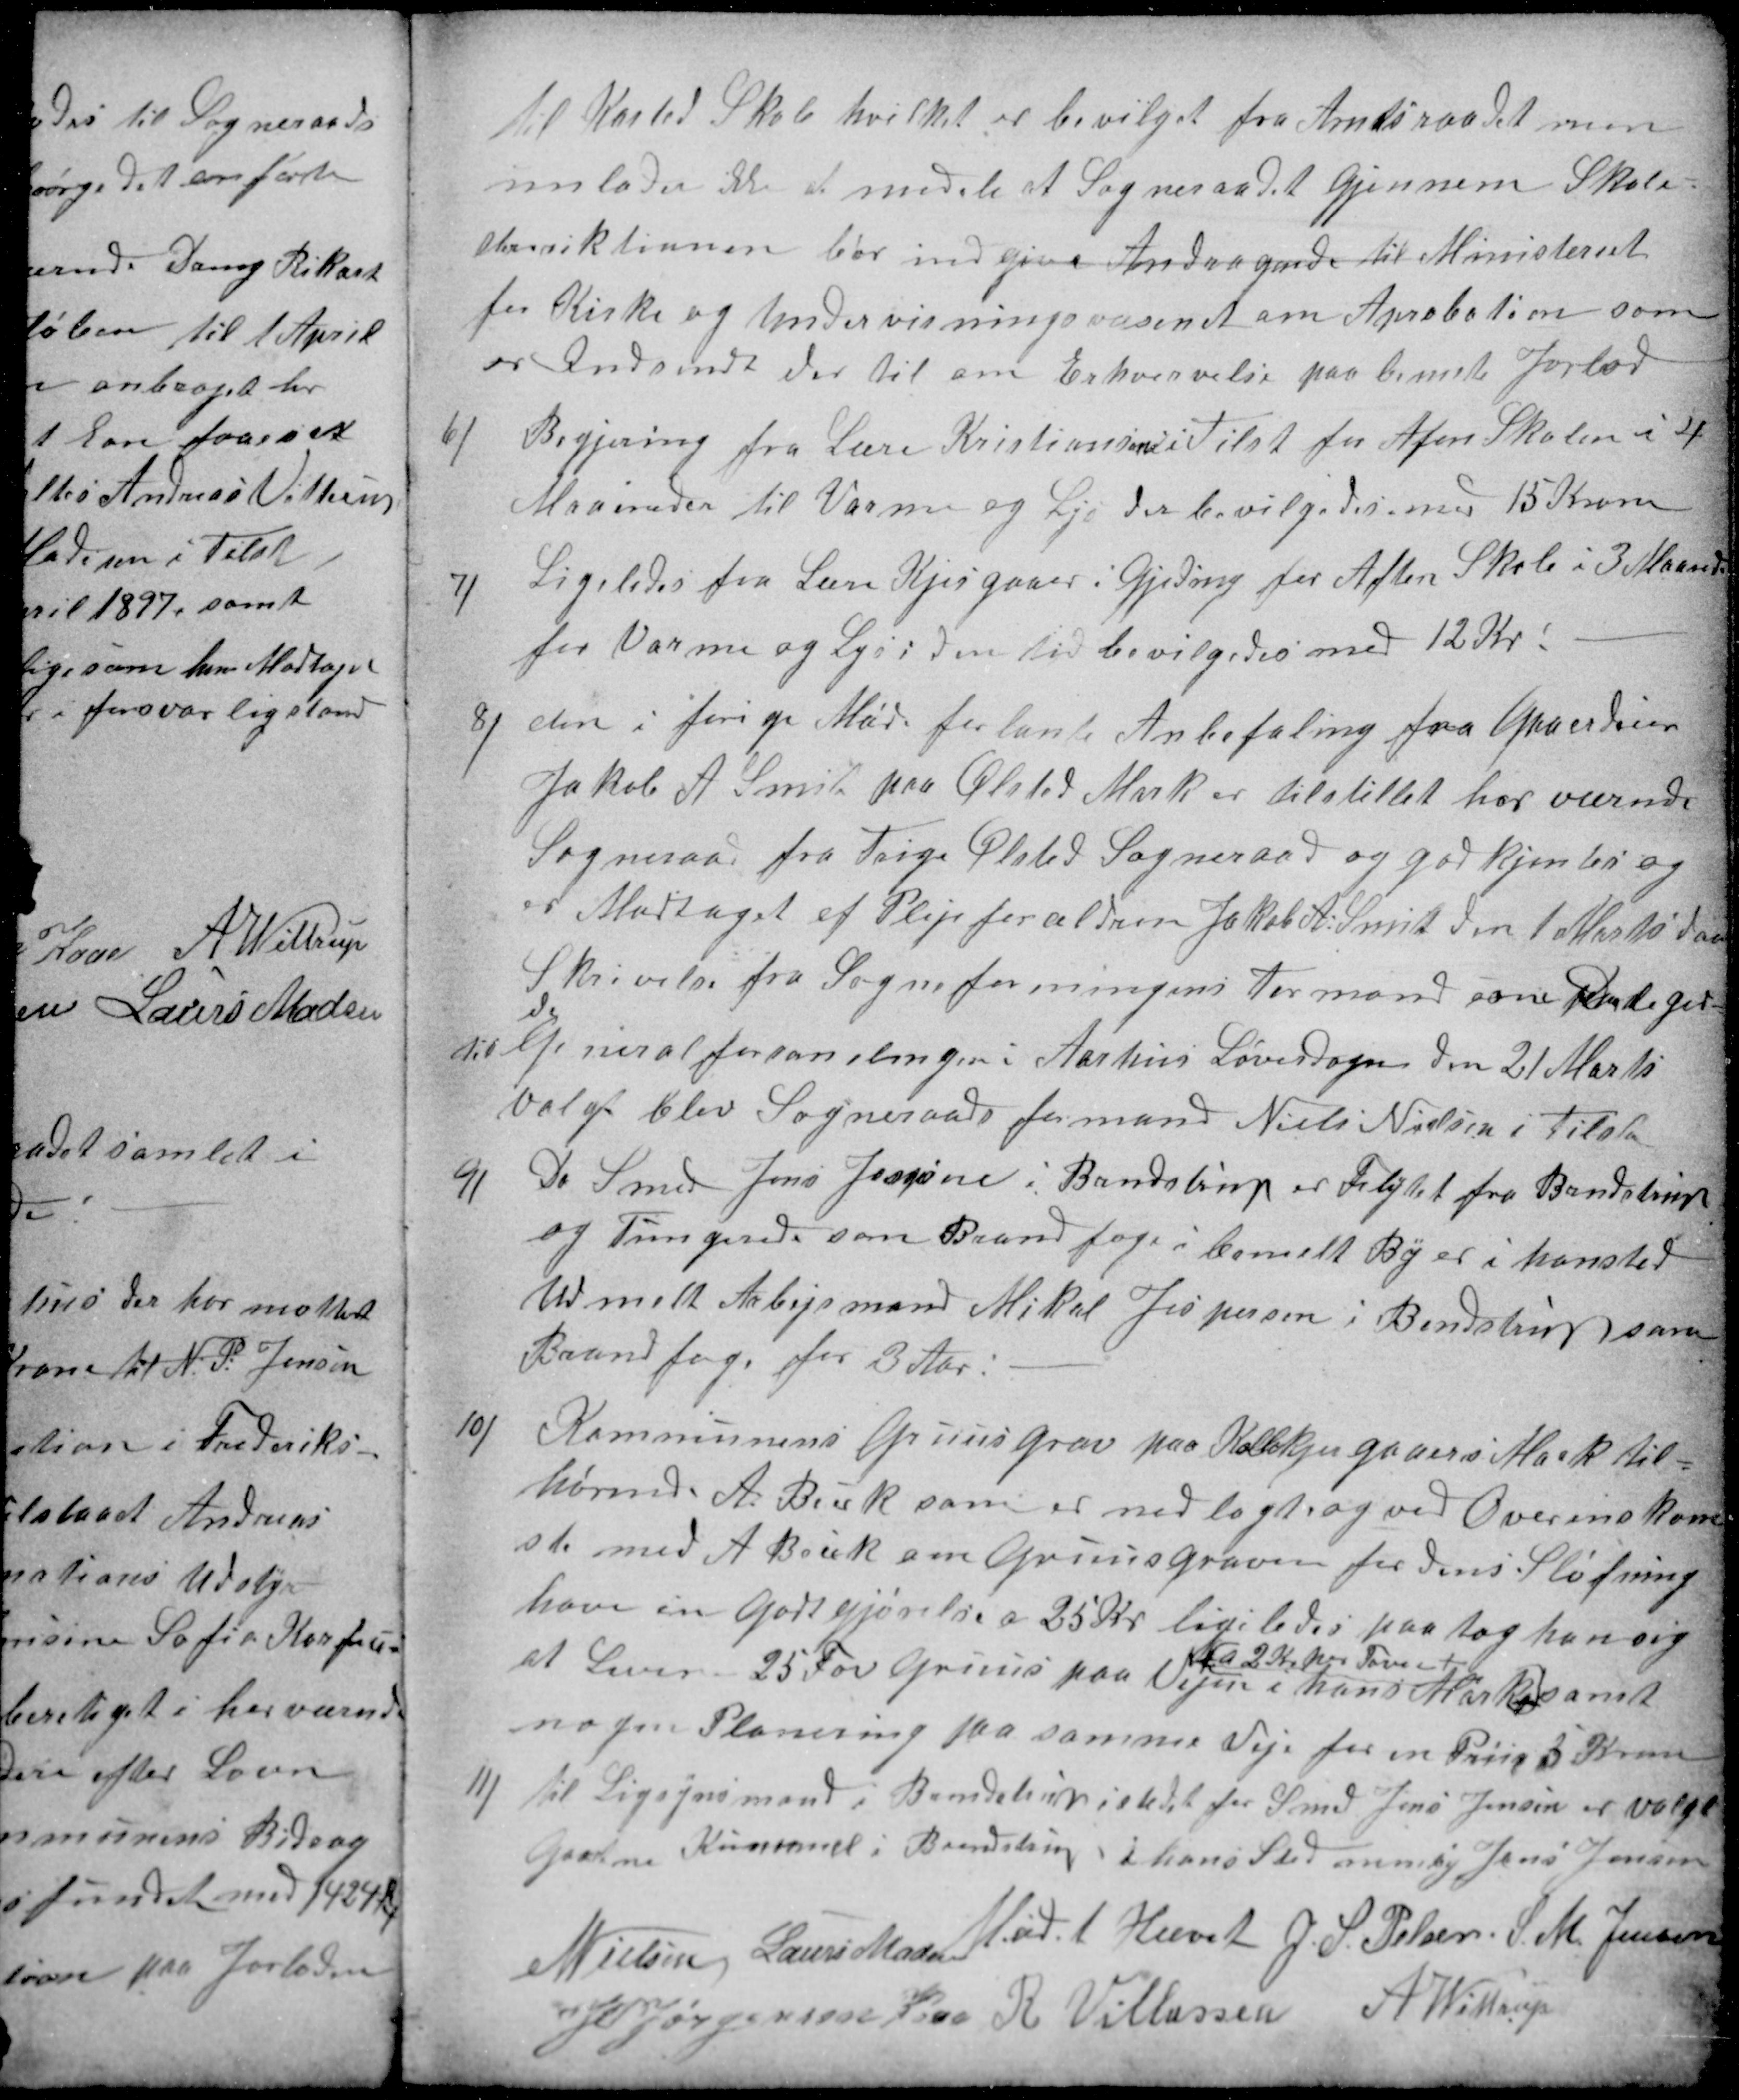
Transskription:
til Kasted Skole hvilket er bevilget fra Amtsraadet man
unlader ikke at medele at Sogneraadet Gjennem Skole-
deriktionen bør indgive Andragende til Ministeriet
for Kirke og Undervisningsvæsenet om Aprobation som
er Indsendt der til om Erhvervelse paa bemete Jorlod
6)
Begjering fra Lære Kristiansen i Tilst for Afen Skolen i 4
Maaneder til Varme og Lys der bevilgedes med 15 Kroner
7)
Ligeledes fra Lære Kjesgaard i Gjeding for Aften Skole i 3 Maaneder
for Varme og Lys i den Tid bevilgedes med 12 Kr.
8)
den i forige Møde forlante Anbefaling fra Gaardeier
Jakob A Smit paa Ølsted Mark er tilstillet her værende
Sogneraad fra Trige Ølsted Sogneraad og godkjentes og
er Modtaget af Plejeforældren Jakob A: Smit den 1 Marts d aa
Skrivelse fra Sogneforeningens Formand om Deleger-
et
til Generalforsamlingen i Aarhus Løverdagen den 21 Marts
valgt blev Sogneraadsformand Niels Nielsen i Tilst
9)
Da Smed Jens Jensen i Brendstrup er Flytet fra Brendstrup
og Fungerede som Brandfoge i bemelt By er i hansted
Udmelt Arbejsmand Mikal Jespersen i Bendstrup  som
Brandfoge for 3 Aar:
10)
Kommunens Gruusgrav paa Kolkkjergaaers Mark til=
hørende A. Beck som er nedlagt og ved Overenskom
st med A. Beck om Gruusgraven for dens Sløfning
have en Godtgjørelse a 25 Kr. ligeledes paatog han sig
at Levere 25 Fav Gruus paa Vejen i hans Mark
a 2 Kr per Favn
samt
nogen Planering paa samme Veje for en Priis 5 Kr
11)
 til Ligsynsmand i Brendstrup istedet for Smed Jens Jensen er valgt
Gaardeier Kristensen i Brendstrup i hans Sted nemlig Jens Jensen
Mødet Hævet
N Nielsen
Laurs Madsen
J. S. Pelsen
S. M. Jensen
J P Jørgensen Kaae
R Villassen
A Wittrup